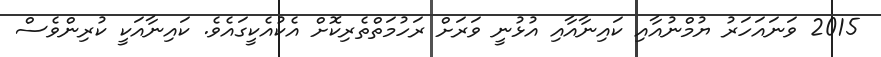
2015 ވަނައަހަރު ޔުމްނުއާއި ކައިނާއާއި އުޅުނީ ވަރަށް ރަހުމަތްތެރިކޮށް އެކުއެކީގައެވެ. ކައިނާއަކީ ކުރިންވެސް